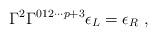
LaTeX: \begin{align*}\Gamma ^{2}\Gamma ^{012\cdots p+3}\epsilon _{L}=\epsilon _{R}\ ,\end{align*}